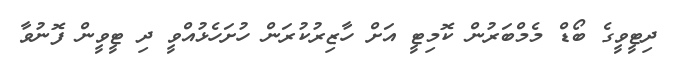
ދިޓީވީގެ ބޯޑް މެމްބަރުން ކޮމިޓީ އަށް ހާޒިރުކުރަން ހުށަހެޅުއްވީ ދި ޓީވީން ފޮނުވާ